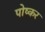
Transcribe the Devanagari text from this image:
पोष्कर